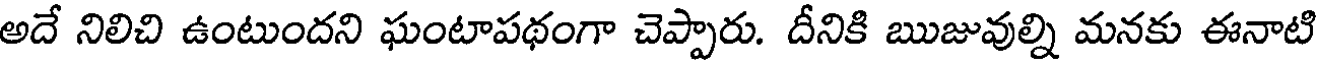
అదే నిలిచి ఉంటుందని ఘంటాపథంగా చెప్పారు. దీనికి ఋజువుల్ని మనకు ఈనాటి